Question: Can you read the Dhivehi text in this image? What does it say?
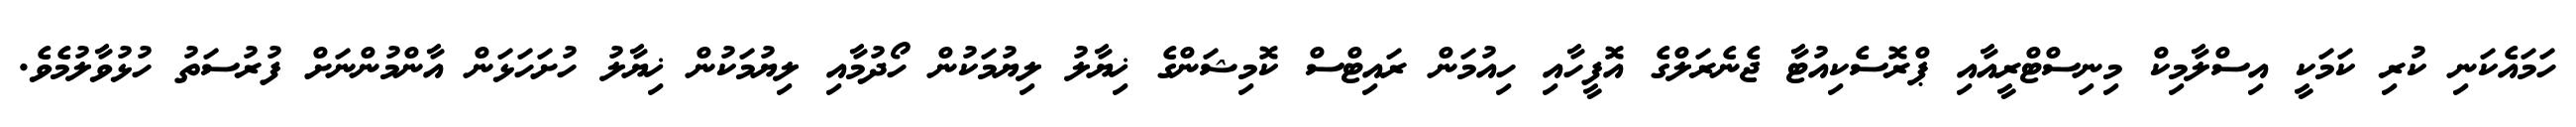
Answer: ހަމައެކަނި ކުރި ކަމަކީ އިސްލާމިކް މިނިސްޓްރީއާއި ޕްރޮސެކިއުޓާ ޖެނެރަލްގެ އޮފީހާއި ހިއުމަން ރައިޓްސް ކޮމިޝަންގެ ޚިޔާލު ލިޔުމަކުން ހޯދުމާއި ލިޔުމަކުން ޚިޔާލު ހުށަހަޅަން އާންމުންނަށް ފުރުސަތު ހުޅުވާލުމެވެ.